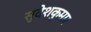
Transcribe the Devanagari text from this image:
सुदेशकुमार